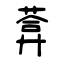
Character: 葊